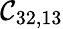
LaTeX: \mathcal{C}_{32,13}